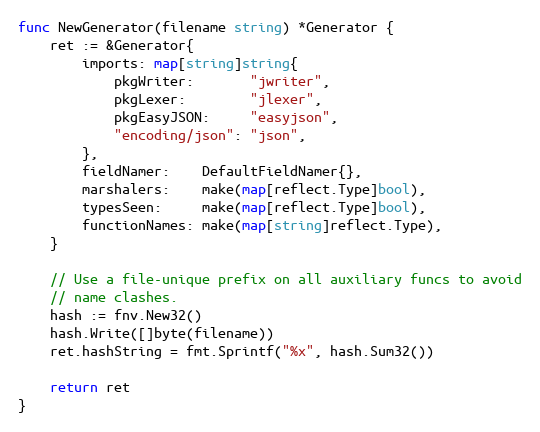
Language: Go
func NewGenerator(filename string) *Generator {
	ret := &Generator{
		imports: map[string]string{
			pkgWriter:       "jwriter",
			pkgLexer:        "jlexer",
			pkgEasyJSON:     "easyjson",
			"encoding/json": "json",
		},
		fieldNamer:    DefaultFieldNamer{},
		marshalers:    make(map[reflect.Type]bool),
		typesSeen:     make(map[reflect.Type]bool),
		functionNames: make(map[string]reflect.Type),
	}

	// Use a file-unique prefix on all auxiliary funcs to avoid
	// name clashes.
	hash := fnv.New32()
	hash.Write([]byte(filename))
	ret.hashString = fmt.Sprintf("%x", hash.Sum32())

	return ret
}